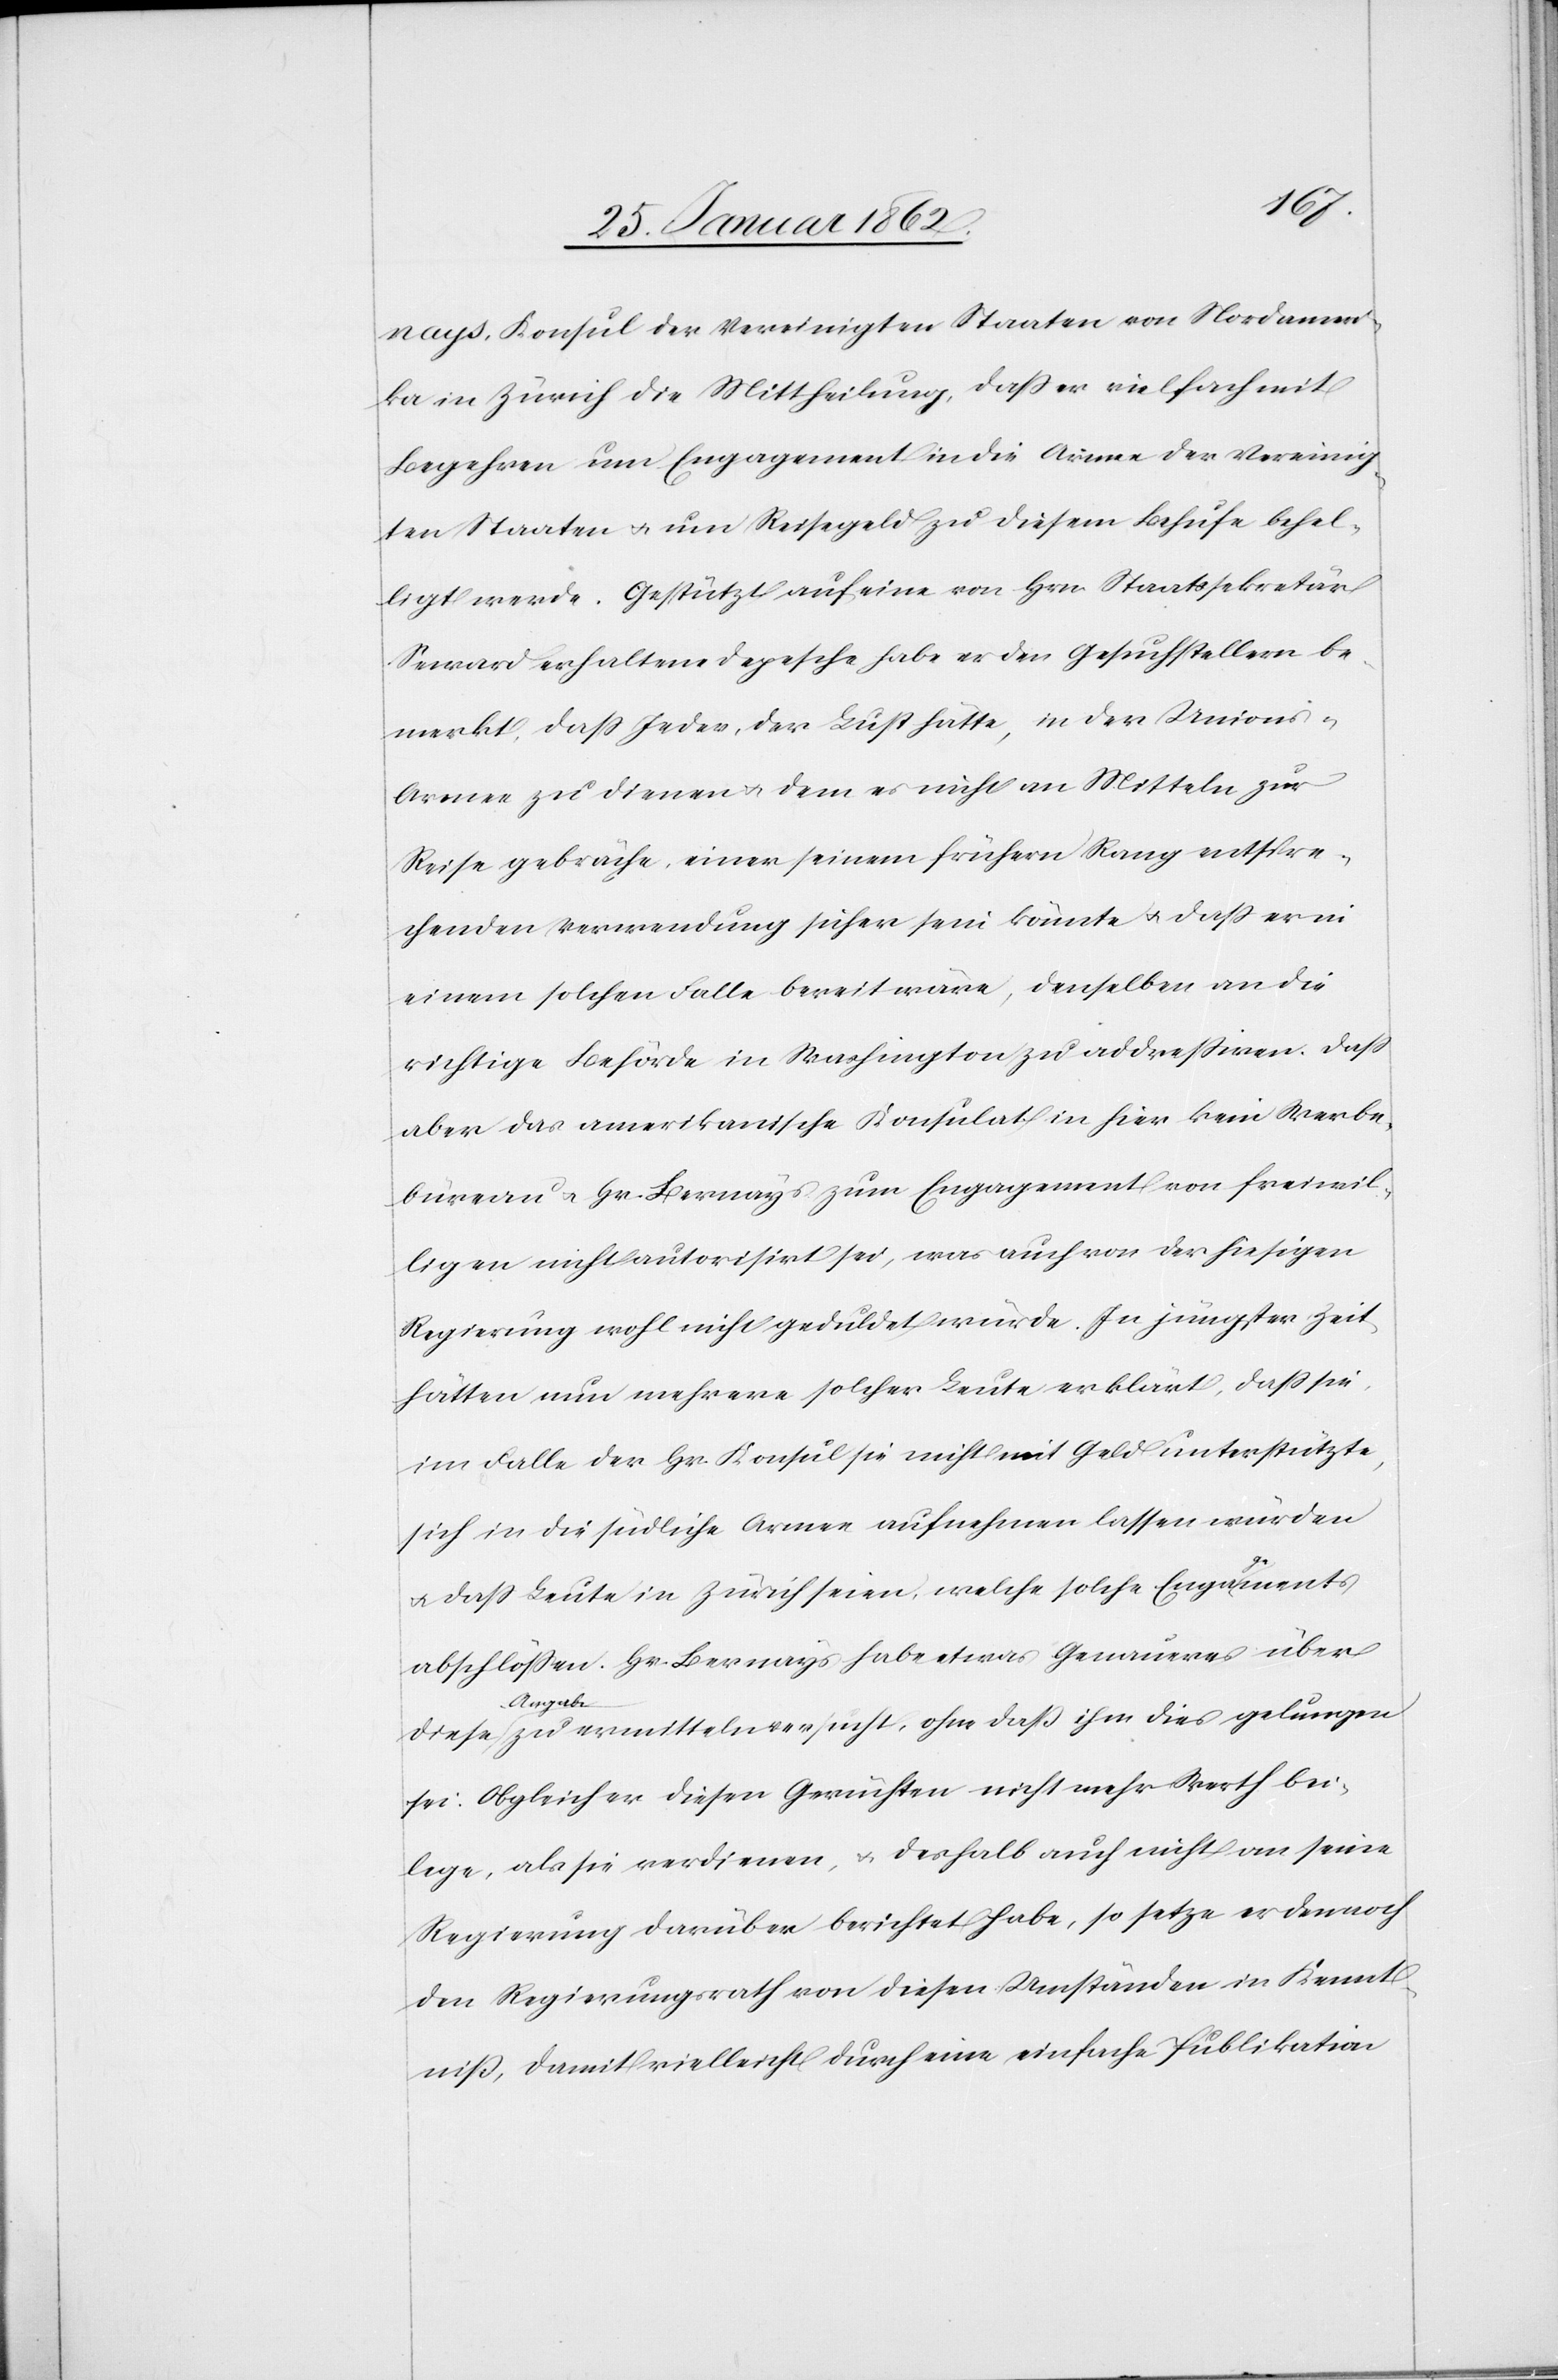
nays, Konsul der Vereinigten Staaten von Nordameri¬
ka in Zürich die Mittheilung, daß er vielfach mit
Begehren um Engagement in die Armee der Vereinig¬
ten Staaten u. um Reisegeld zu diesem Behufe behel¬
ligt werde. Gestützt auf eine von Hrn Staatssekretär
Seward erhaltene Depesche habe er den Gesuchstellern be¬
merkt, daß Jeder, der Lust hätte, in der Unions-A¬
rmee zu dienen u. dem es nicht an Mitteln zur
Reise gebräche, einer seinem frühern Rang entspre¬
chenden Verwendung sicher sein könnte u. daß er in
einem solchen Falle bereit wäre, denselben an die
richtige Behörde in Washington zu addreßiren. Daß
aber das amerikanische Konsulat in hier kein Werbe¬
bureau u. Hr Bernays zum Engagement von freiwil¬
ligen nicht autorisirt sei, was auch von der hiesigen
Regierung wohl nicht geduldet würde. In jüngster Zeit
hätten nun mehrere solcher Leute erklärt, daß sie
im Falle der Hr Konsul sie nicht mit Geld unterstützte,
sich in die südliche Armee aufnehmen lassen würden
u. daß Leute in Zürich seien, welche solche Engaa-ge-aments
abschlößen. Hr. Bernays habe etwas Genaueres über
a-Anga¬
be-a zu ermitteln versucht, ohne daß ihm dies gelungen
sei: Obgleich er diesen Gerüchten nicht mehr Werth bei¬
lege, als sie verdienen, u. deshalb auch nicht an seine
Regierung darüber berichtet habe, so setze er dennoch
den Regierungsrath von diesen Umständen in Kennt¬
niß, damit vielleicht durch eine einfache Publikation